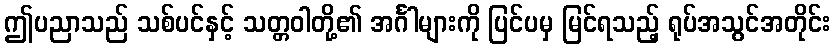
ဤပညာသည် သစ်ပင်နှင့် သတ္တဝါတို့၏ အင်္ဂါများကို ပြင်ပမှ မြင်ရသည့် ရုပ်အသွင်အတိုင်း